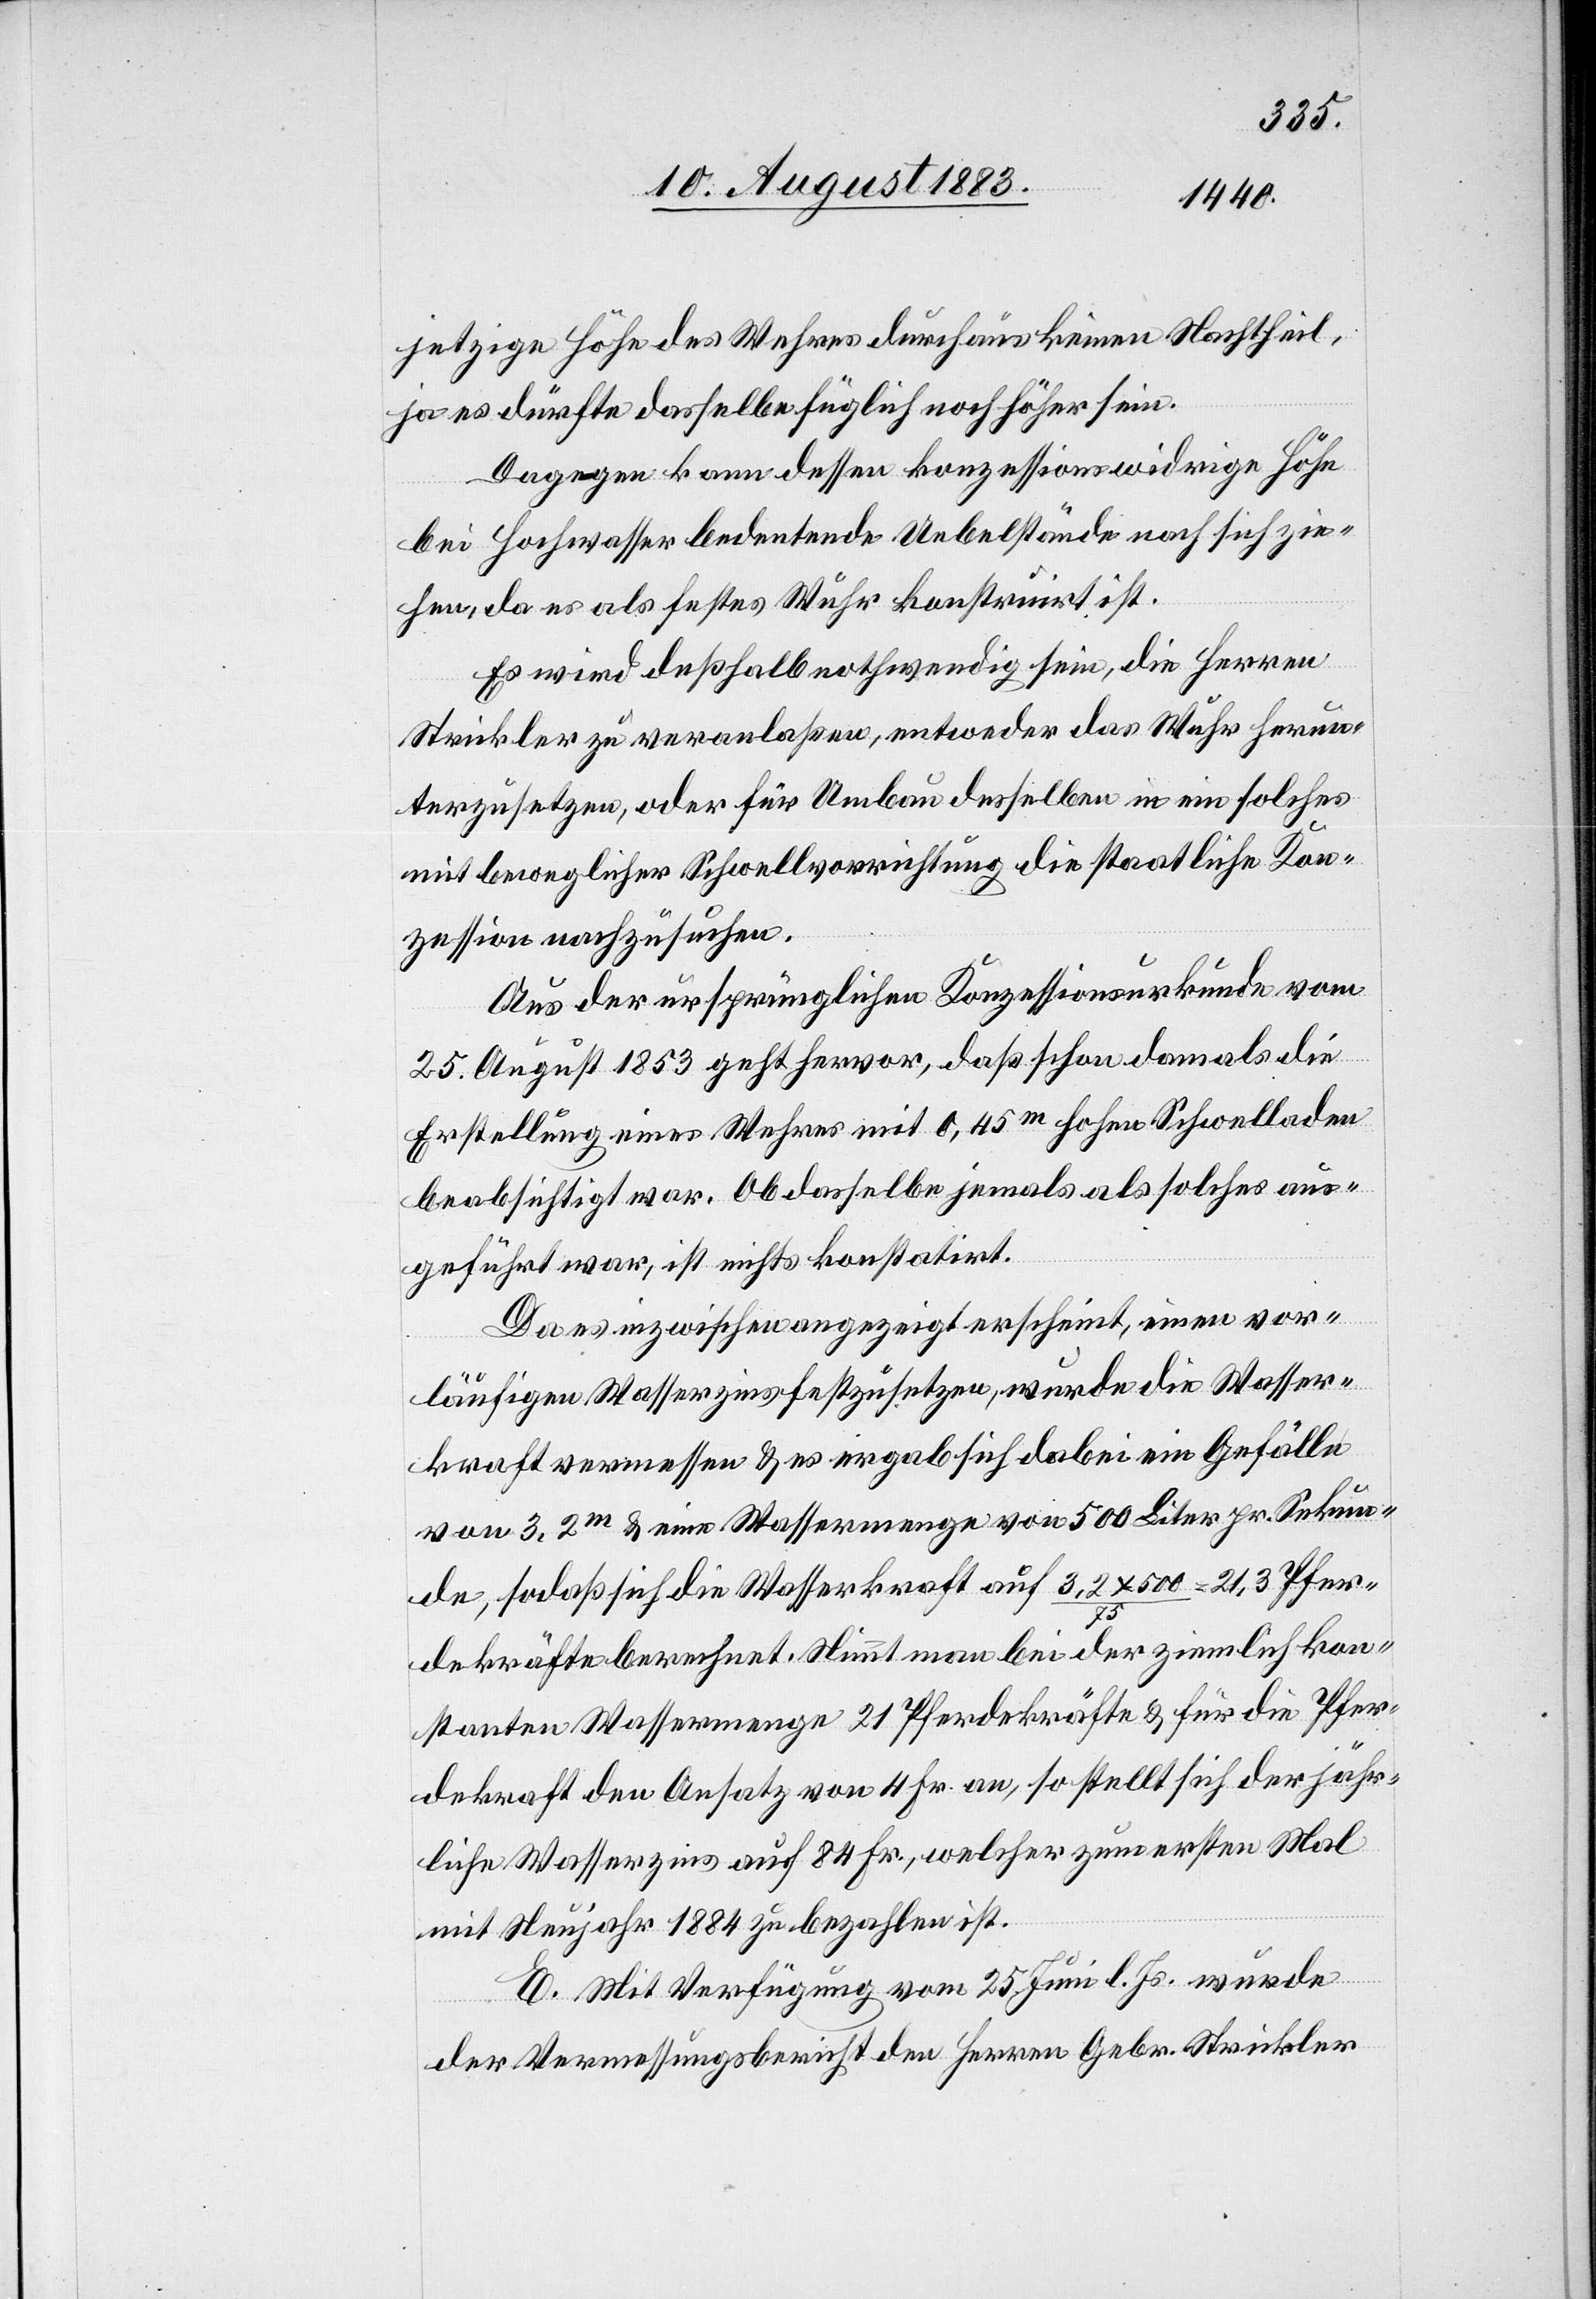
jetzige Höhe des Wehres durchaus keinen Nachtheil,
ja es dürfte dasselbe füglich noch höher sein.
Dagegen kann dessen konzessionswidrige Höhe
bei Hochwasser bedeutende Uebelstände nach sich zie¬
hen, da es als festes Wuhr konstruirt ist.
Es wird deßhalb nothwendig sein, die Herren
Strickler zu veranlaßen, entweder das Wuhr herun¬
terzusetzen, oder für Umbau desselben in ein solches
mit beweglicher Schwellvorrichtung die staatliche Kon¬
zession nachzusuchen.
Aus der ursprünglichen Konzessionsurkunde vom
25. August 1853 geht hervor, daß schon damals die
Erstellung eines Wehres mit 0,45m hohen Schwelladen
beabsichtigt war. Ob dasselbe jemals als solches aus¬
geführt war, ist nichts [sic!] konstatirt.
Da es inzwischen angezeigt erscheint, einen vor¬
läufigen Wasserzins festzusetzen, wurde die Wasser¬
kraft vermessen & es ergab sich dabei ein Gefälle
von 3,2m & eine Wassermenge von 500 Liter pr. Sekun¬
de, so daß sich die Wasserkraft auf 3,2 x 500 / 75 = 21,3 Pfer¬
dekräfte berechnet. Nimmt man bei der ziemlich kon¬
stanten Wassermenge 21 Pferdekräfte & für die Pfer¬
dekraft den Ansatz von 4 Fr. an, so stellt sich der jähr¬
liche Wasserzins auf 84 Fr., welcher zum ersten Mal
mit Neujahr 1884 zu bezahlen ist.
E. Mit Verfügung vom 25. Juni l. Js. wurde
der Vermessungsbericht den Herren Gebr. Strickler